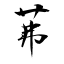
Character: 茀